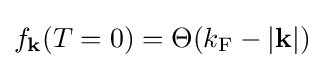
f_{\mathbf {k} }(T=0)=\Theta (k_{\mathrm {F} }-|\mathbf {k} |)